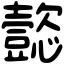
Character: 㦤